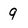
Character: 9